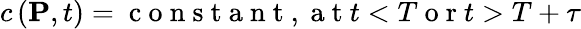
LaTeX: c\left(\mathbf{P},t\right)=\mathrm{~c~o~n~s~t~a~n~t~,~a~t~}t<T\mathrm{~o~r~}t>T+\tau